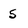
Character: 5